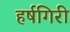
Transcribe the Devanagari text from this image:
हर्षगिरी